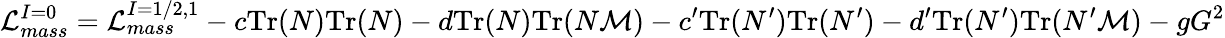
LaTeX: {\cal L}_{mass}^{I=0}={\cal L}_{mass}^{I=1/2,1}-c\mathrm{Tr}(N)\mathrm{Tr}(N)-d\mathrm{Tr}(N)\mathrm{Tr}(N{\cal M})-c^{\prime}\mathrm{Tr}(N^{\prime})\mathrm{Tr}(N^{\prime})-d^{\prime}\mathrm{Tr}(N^{\prime})\mathrm{Tr}(N^{\prime}{\cal M})-gG^{2}